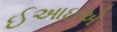
ઈઆઇએ